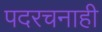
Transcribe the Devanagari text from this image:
पदरचनाही